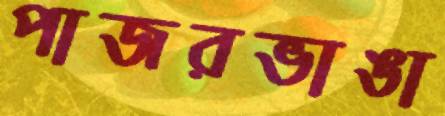
পাজরভাঙা